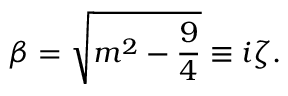
\beta = \sqrt { m ^ { 2 } - \frac { 9 } { 4 } } \equiv i \zeta .